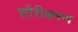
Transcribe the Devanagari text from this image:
सौरीकरण